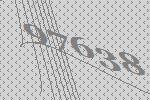
97638